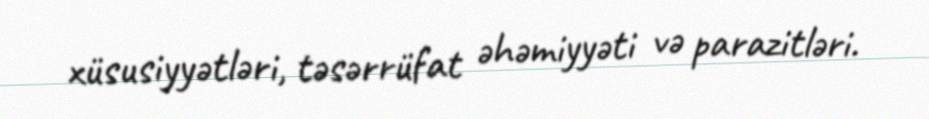
xüsusiyyətləri, təsərrüfat əhəmiyyəti və parazitləri.